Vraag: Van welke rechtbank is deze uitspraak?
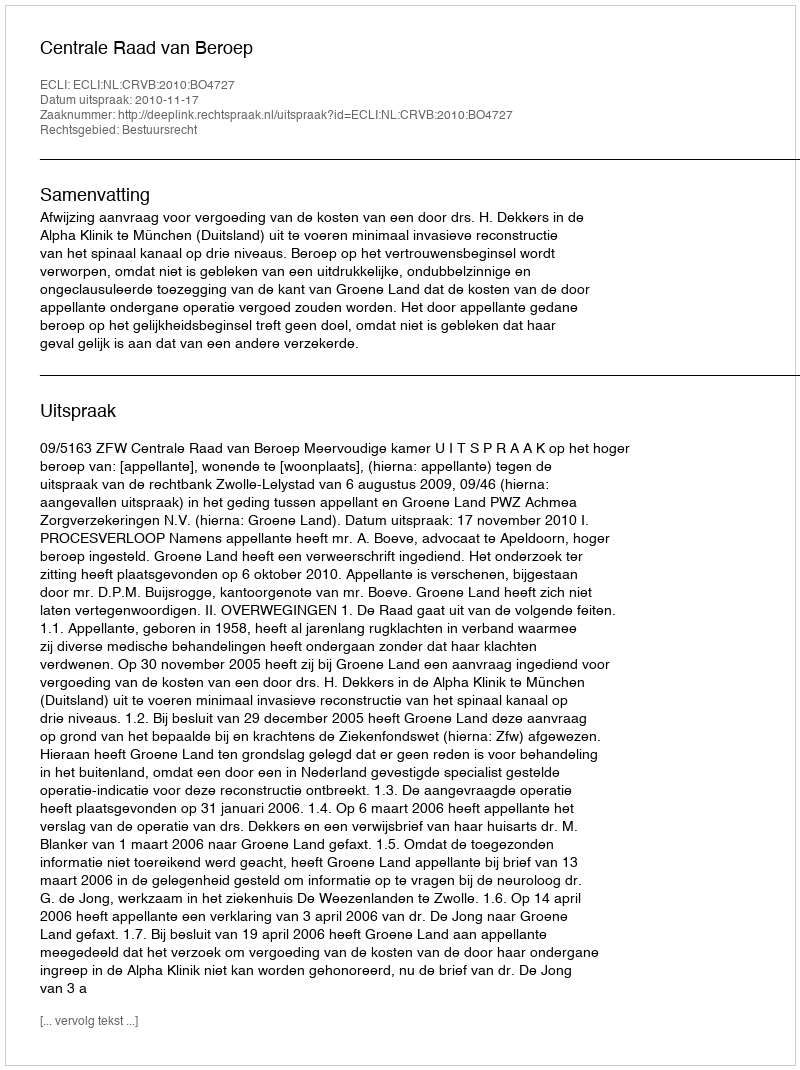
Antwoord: Centrale Raad van Beroep